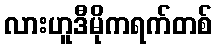
လားဟူဒီမိုကရက်တစ်